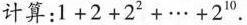
计算：$$1 + 2 + 2 ^ { 2 } . . . + 2 ^ { 1 0 }$$